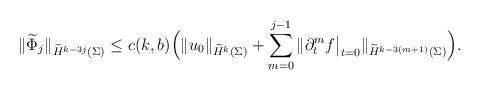
LaTeX: \begin{align*}\|\widetilde\Phi_j\|_{\widetilde H^{k-3j}(\Sigma)} \leq c(k,b)\Bigl( \|u_0\|_{\widetilde H^k(\Sigma)} +\sum_{m=0}^{j-1} \|\partial_t^mf\big|_{t=0}\|_{\widetilde H^{k-3(m+1)}(\Sigma)}\Bigr).\end{align*}